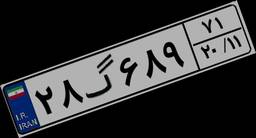
۲۸گ۶۸۹۷۱